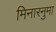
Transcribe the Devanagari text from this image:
मिनारनुमा